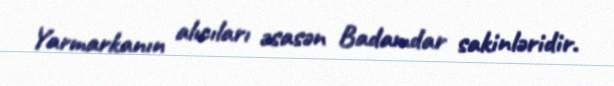
Yarmarkanın alıcıları əsasən Badamdar sakinləridir.